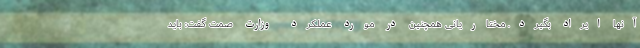
آنها ایراد بگیرد. مختاریانی همچنین در مورد عملکرد وزارت صمت گفت: باید